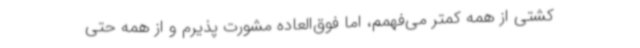
کشتی از همه کمتر می‌فهمم، اما فوق‌العاده مشورت پذیرم و از همه حتی